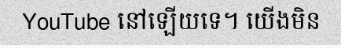
YouTube នៅឡើយទេ។ យើងមិន